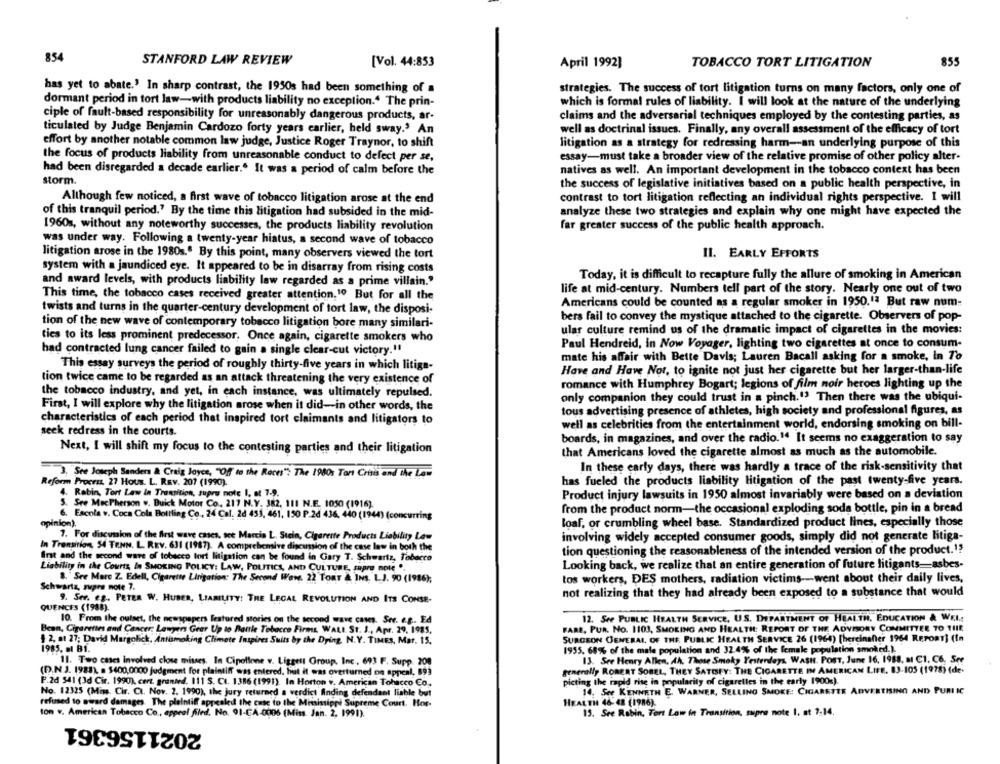
854
STANFORD LAW REVIEW
855
[Vol. 44:853
April 1992]
TOBACCO TORT LITIGATION
has yet to abate.' In sharp contrast, the 1950s had been something of a
strategies. The success of tort litigation turns on many factors, only one of
dormant period in tort law-with products liability no exception." The prin-
which is formal rules of liability. I will look at the nature of the underlying
ciple of fault-based responsibility for unreasonably dangerous products, ar-
claims and the adversarial techniques employed by the contesting parties, as
ticulated by Judge Benjamin Cardozo forty years earlier, held sway.' An
well as doctrinal issues. Finally, any overall assessment of the efficacy of tort
effort by another notable common law judge, Justice Roger Traynor, to shift
litigation as a strategy for redressing harm-an underlying purpose of this
the focus of products liability from unreasonable conduct to defect per se,
essay-must take a broader view of the relative promise of other policy alter-
had been disregarded a decade earlier." It was a period of calm before the
natives as well. An important development in the tobacco context has been
storm.
the success of legislative initiatives based on a public health perspective, in
contrast to tort litigation reflecting an individual rights perspective. I will
Although few noticed, a first wave of tobacco litigation arose at the end
of this tranquil period." By the time this litigation had subsided in the mid-
analyze these two strategies and explain why one might have expected the
1960s, without any noteworthy successes, the products liability revolution
far greater success of the public health approach.
was under way. Following a twenty-year hiatus, a second wave of tobacco
litigation arose in the 1980s.º By this point, many observers viewed the tort
II. EARLY EFFORTS
system with a jaundiced eye. It appeared to be in disarray from rising costs
Today, it is difficult to recapture fully the allure of smoking in American
and award levels, with products liability law regarded as a prime villain."
life at mid-century. Numbers tell part of the story. Nearly one out of two
This time, the tobacco cases received greater attention.10 But for all the
Americans could be counted as a regular smoker in 1950.12 But raw num-
twists and turns in the quarter-century development of tort law, the disposi-
bers fail to convey the mystique attached to the cigarette. Observers of pop-
tion of the new wave of contemporary tobacco litigation bore many similari-
ular culture remind us of the dramatic impact of cigarettes in the movies:
ties to its less prominent predecessor, Once again, cigarette smokers who
Paul Hendreid, in Now Voyager, lighting two cigarettes at once to consum-
had contracted lung cancer failed to gain a single clear-cut victory .!!
mate his affair with Bette Davis; Lauren Bacall asking for a smoke, in To
This essay surveys the period of roughly thirty-five years in which litiga-
Have and Have Not, to ignite not just her cigarette but her larger-than-life
tion twice came to be regarded as an attack threatening the very existence of
romance with Humphrey Bogart; legions of film noir heroes lighting up the
the tobacco industry, and yet, in each instance, was ultimately repulsed.
only companion they could trust in a pinch.13 Then there was the ubiqui-
First, I will explore why the litigation arose when it did-in other words, the
tous advertising presence of athletes, high society and professional figures, as
characteristics of each period that inspired tort claimants and litigators to
well as celebrities from the entertainment world, endorsing smoking on bill-
seck redress in the courts.
boards, in magazines, and over the radio.14 It seems no exaggeration to say
Next, I will shift my focus to the contesting parties and their litigation
that Americans loved the cigarette almost as much as the automobile.
In these early days, there was hardly a trace of the risk-sensitivity that
3. See Joseph Sanders & Craig Joyce, "Of to the Races" The 1980 Tort Crisis and the Low
has fueled the products liability litigation of the past twenty-five years.
Reform Procras, 27 Hous. L. REV. 207 (1990).
4. Rabin, Tort Law In Transition, supre note I, at 7.9.
Product injury lawsuits in 1950 almost invariably were based on a deviation
5. See MacPherson .. Buick Motor Co, 217 N.Y. 382, 111 N.E. 1050 (1916).
from the product norm-the occasional exploding soda bottle, pin in a bread
6. Escola v. Coca Cola Bottling Ce, 24 Cal. 2d 453, 461. 150 P.2d 436, 440 (1944) (concurring
opinion).
loaf, or crumbling wheel base. Standardized product lines, especially those
7. For discussion of the first wave cases, sce Marcia L. Stein, Cigarette Products Liability Low
involving widely accepted consumer goods, simply did not generate litiga-
In Transition, 54 TENN. L. REV. 631 (1987). A comprehensive discussion of the case law in both the
tion questioning the reasonableness of the intended version of the product.1?
Int and the second wave of tobacco fort litigation can be found in Gary T. Schwartz, Tobacco
Looking back, we realize that an entire generation of future litigants asbes-
Liability in the Courts, & SMOKING POLICY: LAW, POLITICS, AND CULTURE, supr note ".
. "See Mare Z. Edell, Cigarette Litigation: The Second Wane. 22 TORT & INs. L.J. 90 (1986);
tos workers, DES mothers, radiation victims -- went about their daily lives,
Schwartz, zupre note 7.
not realizing that they had already been exposed to a substance that would
9. Ser. eg. PETER W. HUBER, LIABILITY: THE LEGAL REVOLUTION AND ITS CONSE-
QUENCES (1988).
10. From the outset, the newspapers featured stories on the second wave cases. Ser. e.g. Ed
12. See PUBLIC HEALTH SERVICE, U.S. DEPARTMENT OF HEALTH, EDUCATION & WEL:
FARE, PUR. No. 1103, SMOKING AND HEALTH: REPORT OF THE ADVISORY COMMITTEE 70 THE
Bean, Cigarettes and Cancer: Lawyers Gear Up to Battle Tobacco Firms WALL St. 1 ., Apr. 29, 1985.
§ 2, at 27; David Margolick, Antismoking Climate Inspires Suits by the Dying, N.Y. TIMES, Mar. 15.
SURGEON GENERAL, OF THE PUBLIC HEALTH SERVICE 26 (1964) [hereinafter 1964 REPORT] (In
1985. al B1.
1955. 68% of the male population and 32 4% of the female population smoked.).
11. Two cases Involved close misses. In Cipollone v. Liggett Group, Inc ., 693 F. Supp. 200
13. See Henry Allen, Ah, Those Smoky Yesterdays, WASH. POST, June 16, 1988, al C1, C6. Ser
(D.N.J. 1988), a $400,0000 judgment for plaintiff was entered, but it was overturned on appeal, 893
generally ROBERT SOBEL, THEY SATISFY: THE CIGARETTE IN AMERICAN LIFE. 83-105 (1978) (de.
picting the rapid rise in popularity of cigarelles in the early 1900%).
F.2d 541 (3d Cir. 1990), cert. granted. 111 S. Ct. 1386 (1991) In Horton v. American Tobacco Co.
No. 12325 (Min. Cir. CI. Nov. 2. 1990), the jury returned a verdict finding defendant lishle but
14. See KENNETH E. WARNER, SELLING SMOKE: CIGARETTE ADVERTISING AND PUBLIC
refused to girard damages. The plaintiff appealed the case to the Mississippi Supreme Court. Hor-
HEALTH 46-48 (1986).
ton v. American Tobacco Co, appeal filed. No. 91-CA-0006 (Miss. Jan. 2, 1991).
15. See Robin, Tort Low in Transition, supro note 1. at 7-14,
2021156361